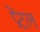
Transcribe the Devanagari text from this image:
प्रेंटल